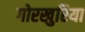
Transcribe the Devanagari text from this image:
गोरखुरिया